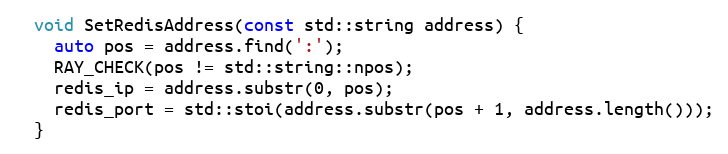
Language: C
  void SetRedisAddress(const std::string address) {
    auto pos = address.find(':');
    RAY_CHECK(pos != std::string::npos);
    redis_ip = address.substr(0, pos);
    redis_port = std::stoi(address.substr(pos + 1, address.length()));
  }